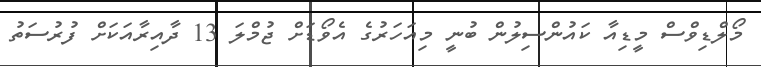
މޯލްޑިވްސް މީޑިއާ ކައުންސިލުން ބުނީ މިއަހަރުގެ އެވޯޑަށް ޖުމްލަ 13 ދާއިރާއަކަށް ފުރުސަތު